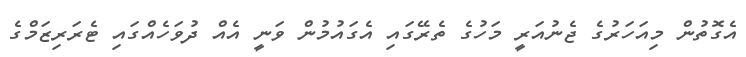
އެގޮތުން މިއަހަރުގެ ޖެނުއަރީ މަހުގެ ތެރޭގައި އެގައުމުން ވަނީ އެއް ދުވަހެއްގައި ޓެރަރިޒަމްގެ